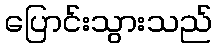
ပြောင်းသွားသည်